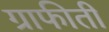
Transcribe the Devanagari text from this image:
ग्राफीती